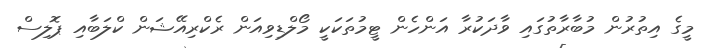
މީގެ އިތުރުން މުބާރާތުގައި ވާދަކުރާ އަންހެން ޓީމުތަކަކީ މޯލްޑިވިއަން ރެކްރިއޭޝަން ކްލަބާއި ޕޮލިސް